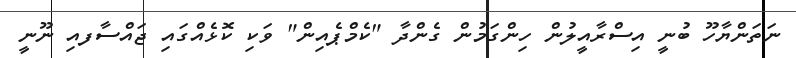
ނަތަންޔާހޫ ބުނީ އިސްރާއީލުން ހިންގަމުން ގެންދާ "ކެމްޕެއިން" ވަކި ކޮޅެއްގައި ޖައްސާފއި ނޫނީ